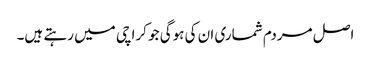
اصل مردم شماری ان کی ہوگی جو کراچی میں رہتے ہیں۔